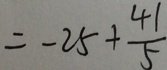
= - 2 5 + \frac { 4 1 } { 5 }